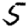
Digit: 5